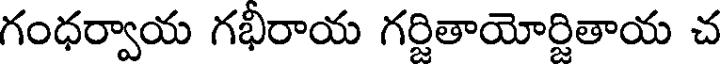
గంధర్వాయ గభీరాయ గర్జితాయోర్జితాయ చ